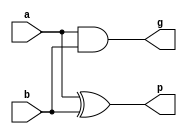
module PG(a, b, p, g);
	input a, b;
	output p, g;

	assign p = a^b;
	assign g = a&b;
endmodule